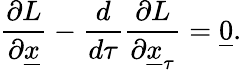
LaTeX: \frac{\partial L}{\partial\underline{{x}}}-\frac{d}{d\tau}\frac{\partial L}{\partial\underline{{x}}_{\tau}}=\underline{{0}}.